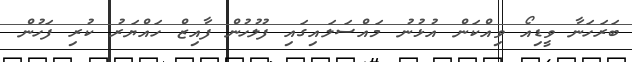
ބަރަހަނާ ވީޑިއޯ ވިއްކަން އުޅުނު މައްސަލައިގައި ފުލުހުން ފާއިޒް ހައްޔަރު ކުރި ފަހުން